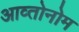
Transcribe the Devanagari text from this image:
आव्तोनोम